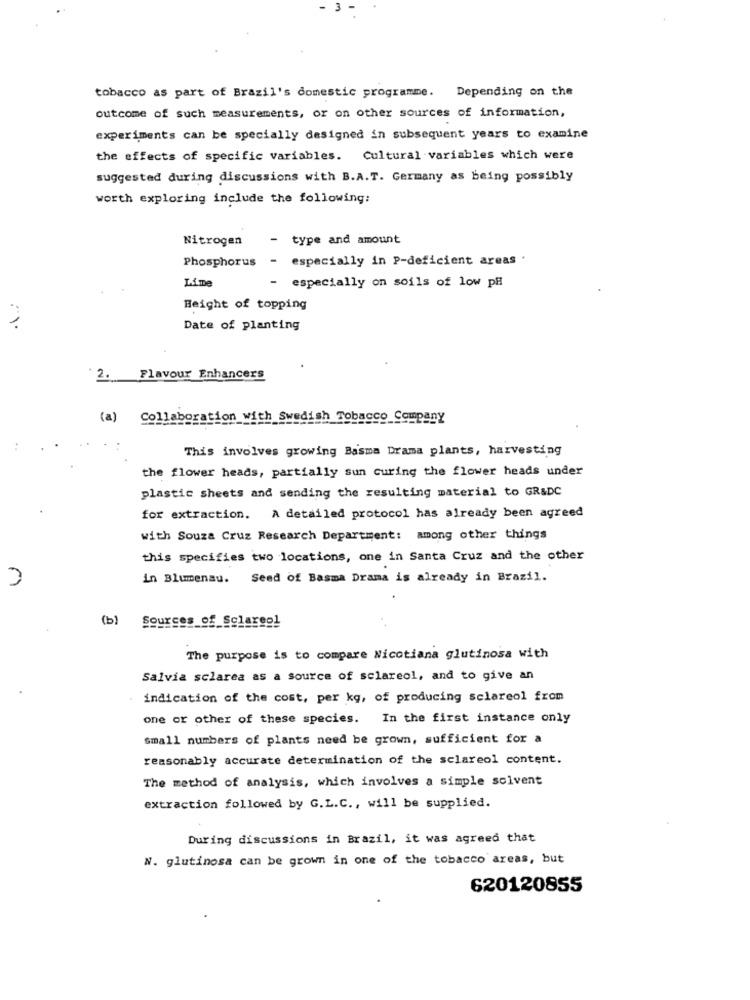
- 3 -
tobacco as part of Brazil's domestic programme. Depending on the
outcome of such measurements, or on other sources of information,
experiments can be specially designed in subsequent years to examine
the effects of specific variables. Cultural variables which were
suggested during discussions with B.A.T. Germany as being possibly
worth exploring include the following:
Nitrogen
-
type and amount
Phosphorus
- especially in P-deficient areas .
- especially on soils of low pH
Height of topping
Date of planting
2. Flavour Enhancers
(a) Collaboration with Swedish Tobacco Company
This involves growing Basma Drama plants, harvesting
the flower heads, partially sun Guring the flower heads under
plastic sheets and sending the resulting material to GR&DC
for extraction. A detailed protocol has already been agreed
with Souza Cruz Research Department: among other things
this specifies two locations, one in Santa Cruz and the other
in Blumenau. Seed of Basma Drama is already in Brazil.
(b)
Sources of Sclareol
The purpose is to compare Nicotiana glutinosa with
Salvia sclarea as a source of sclareol, and to give an
. indication of the cost, per kg, of producing sclareol from
one or other of these species. In the first instance only
small numbers of plants need be grown, sufficient for a
reasonably accurate determination of the sclareol content.
The method of analysis, which involves a simple solvent
extraction followed by G.L.C ., will be supplied.
During discussions in Brazil, it was agreed that
W. glutinosa can be grown in one of the tobacco areas, but
620120855